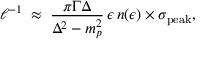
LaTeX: \ell ^ { - 1 } \; \approx \; { \frac { \pi \Gamma \Delta } { \Delta ^ { 2 } - m _ { p } ^ { 2 } } } \, \epsilon \, n ( \epsilon ) \times \sigma _ { \mathrm { p e a k } } ,